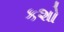
કશો